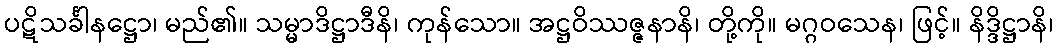
ပဋိသင်္ခါနဋ္ဌော၊ မည်၏။ သမ္မာဒိဋ္ဌာဒီနိ၊ ကုန်သော။ အဋ္ဌဝိဿဇ္ဇနာနိ၊ တို့ကို။ မဂ္ဂဝသေန၊ ဖြင့်။ နိဒ္ဒိဋ္ဌာနိ၊